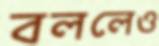
বললেও